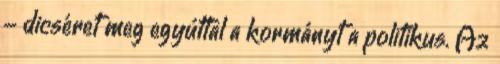
- dicséret meg egyúttal a kormányt a politikus. Az